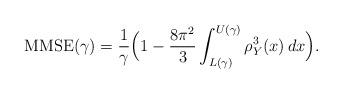
LaTeX: \begin{align*} {\rm MMSE}(\gamma) = \frac{1}{\gamma} \Big( 1 - \frac{8 \pi^2}{3} \int_{L(\gamma)}^{U(\gamma)} \rho_Y^3(x) \, dx \Big). \end{align*}